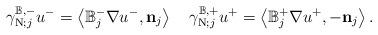
LaTeX: \begin{align*}\gamma_{\operatorname*{N};j}^{\mathbb{B},-}u^{-}=\left\langle \mathbb{B}_{j}^{-}\nabla u^{-},\mathbf{n}_{j}\right\rangle \quad\gamma_{\operatorname*{N};j}^{\mathbb{B},+}u^{+}=\left\langle \mathbb{B}_{j}^{+}\nabla u^{+},-\mathbf{n}_{j}\right\rangle.\end{align*}